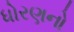
ધોરણનો